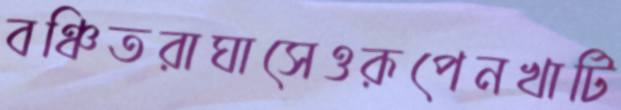
বঞ্চিতরাঘাসেওরূপেনখাটি